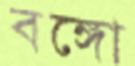
বঙ্গো